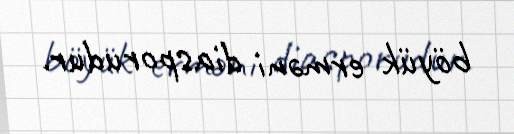
böyük erməni diasporudur.